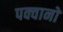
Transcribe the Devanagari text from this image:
पक्वानों